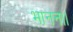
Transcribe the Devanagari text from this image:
भानन।।